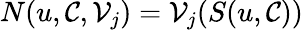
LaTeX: N(u,\mathcal{C},\mathcal{V}_{j})=\mathcal{V}_{j}(S(u,\mathcal{C}))